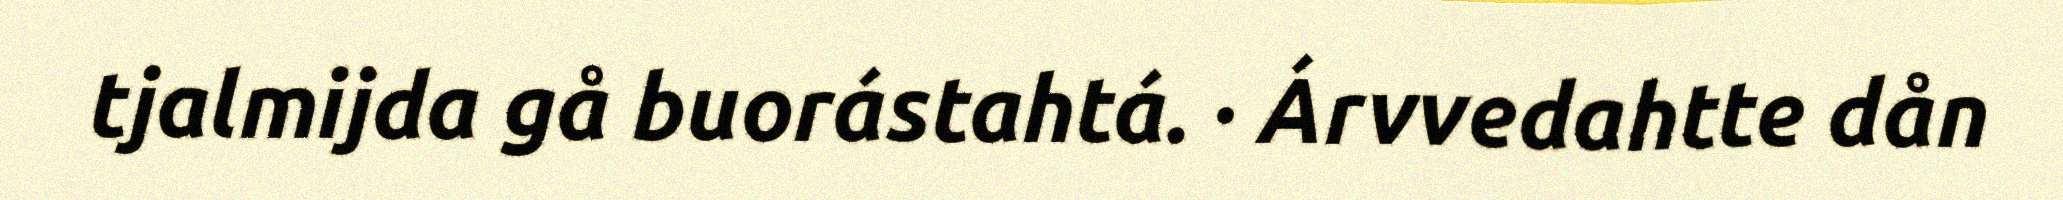
tjalmijda gå buorástahtá. · Árvvedahtte dån